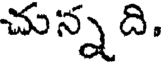
చున్నది.